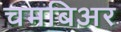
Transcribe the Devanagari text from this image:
चमबिअर